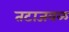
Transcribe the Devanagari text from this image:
तटाजवळ